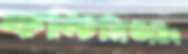
কন্টিনিউয়িং